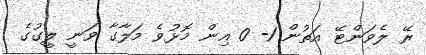
ރޭ ލެވަންޓޭ އަތުން 1- 0 އިން މޮޅުވެ މަލާގާ ވަނީ ލީގުގެ